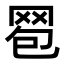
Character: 𦊠